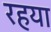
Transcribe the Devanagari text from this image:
रहया